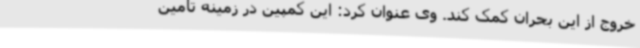
خروج از این بحران کمک کند. وی عنوان کرد: این کمپین در زمینه تامین